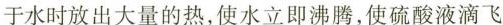
于水时放出大量的热，使水立即沸腾，使硫酸液滴飞